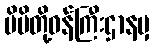
မိမိတို့ဝန်ကြီးဌာနမှ